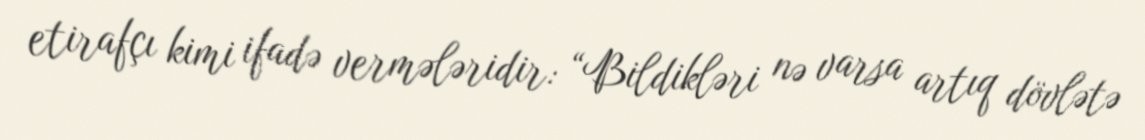
etirafçı kimi ifadə vermələridir: “Bildikləri nə varsa artıq dövlətə